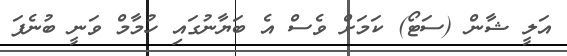
އަލީ ޝާން (ސަޓޯ) ކަމަށް ވެސް އެ ބަޔާނުގައި ހުމާމް ވަނީ ބުނެފަ